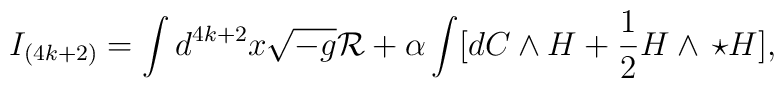
I_{(4k+2)}=\int d^{4k+2}x\sqrt{-g}{\cal R}+\alpha\int[dC\wedge H+{1\over 2}H\wedge\,\star H],